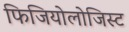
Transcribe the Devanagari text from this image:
फिजियोलोजिस्ट